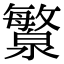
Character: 瀪